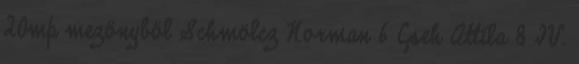
20mp mezőnyből Schmölcz Norman 6 Cseh Attila 8 IV.